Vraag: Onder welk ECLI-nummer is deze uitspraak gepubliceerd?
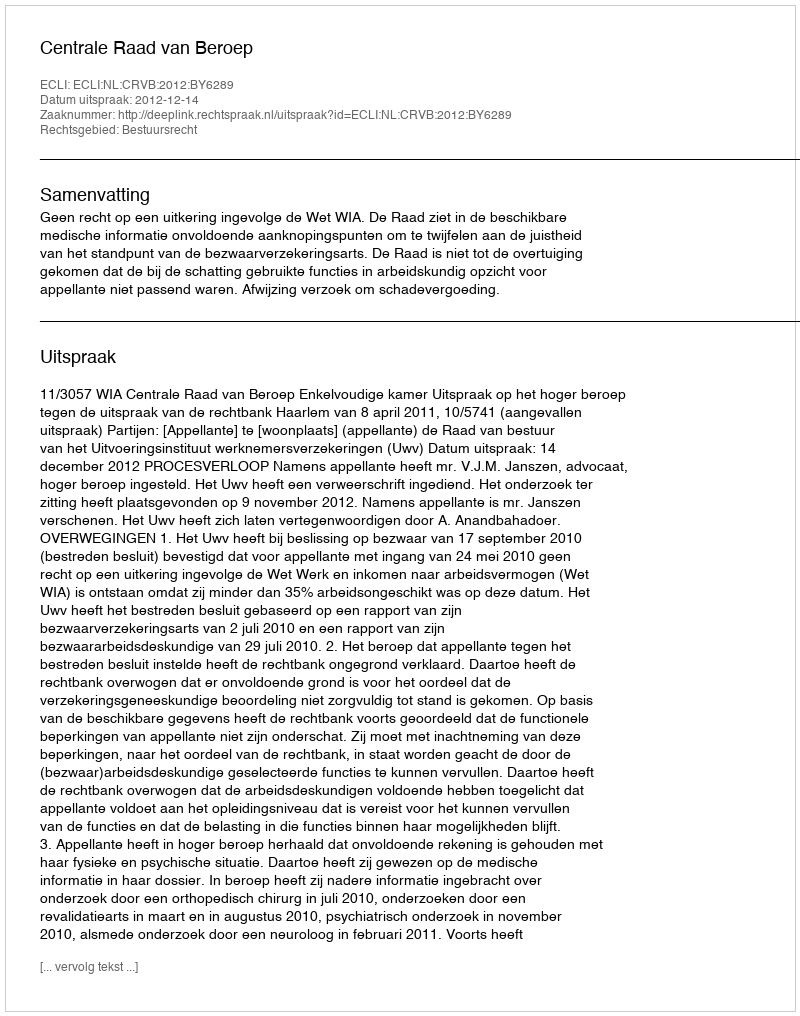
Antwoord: ECLI:NL:CRVB:2012:BY6289